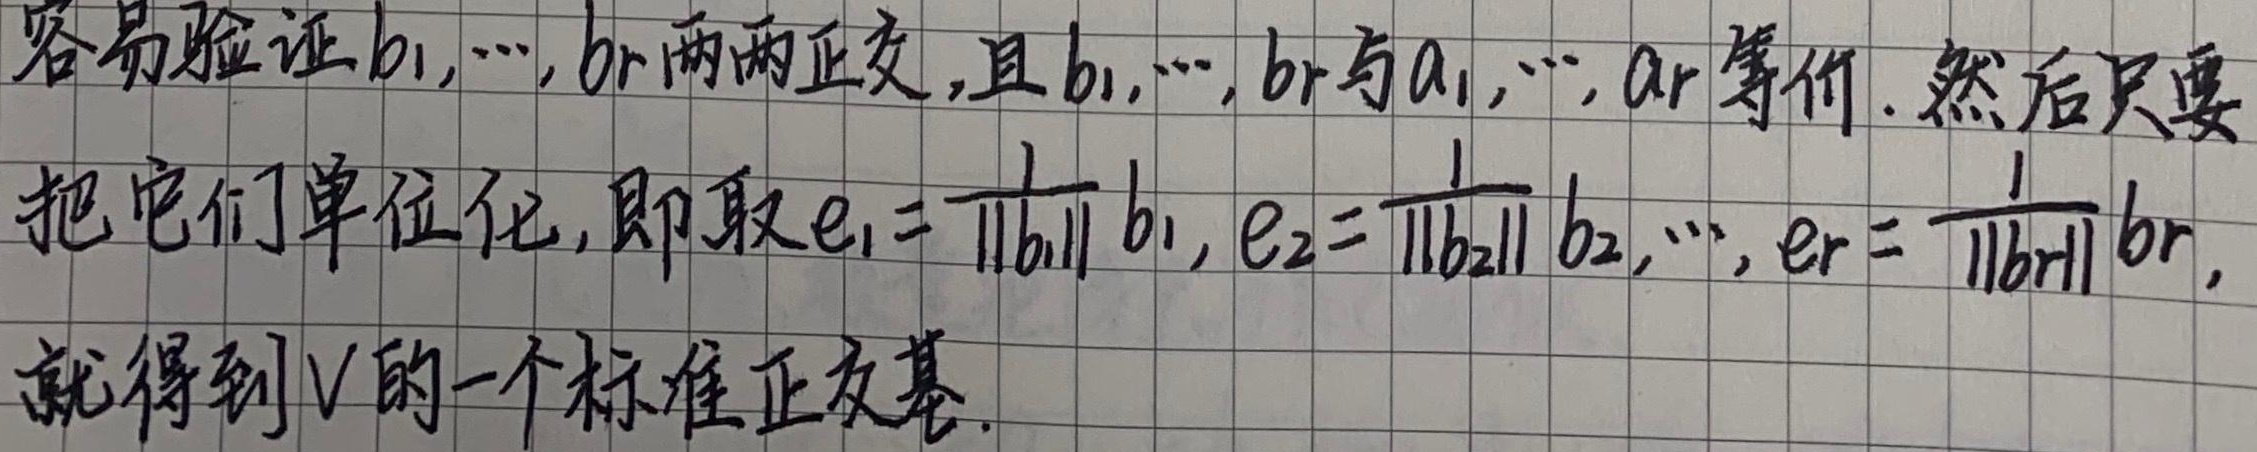
容易验证\(b_1,\cdots,b_r\)两两正交，且\(b_1,\cdots,b_r\)与\(a_1,\cdots,a_r\)等价。然后只要把它们单位化，即取\(e_1 = \frac{1}{\|b_1\|}b_1, e_2 = \frac{1}{\|b_2\|}b_2,\cdots, e_r = \frac{1}{\|b_r\|}b_r\)，就得到\(V\)的一个标准正交基。